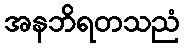
အနဘိရတသညံ